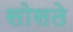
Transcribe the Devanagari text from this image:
सोसते